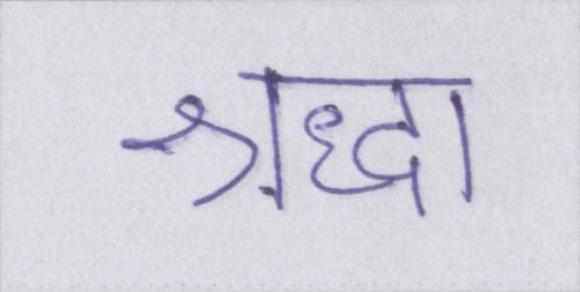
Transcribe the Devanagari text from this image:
श्रद्धा